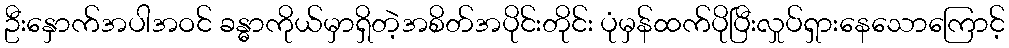
ဦးနှောက်အပါအဝင် ခန္ဓာကိုယ်မှာရှိတဲ့အစိတ်အပိုင်းတိုင်း ပုံမှန်ထက်ပိုပြီးလှုပ်ရှားနေသောကြောင့်